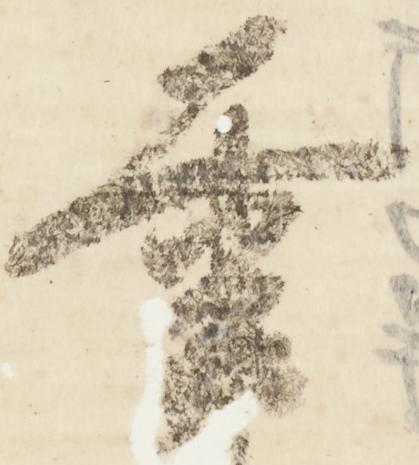
幸